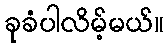
ခုခံပါလိမ့်မယ်။